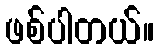
ဖစ်ပါတယ်။